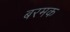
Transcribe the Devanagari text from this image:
बरमक